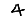
Digit: 4